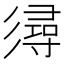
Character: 𢒫